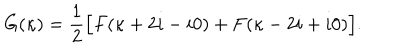
LaTeX: G ( \kappa ) = \frac { 1 } { 2 } \Bigl [ F ( \kappa + 2 i - i 0 ) + F ( \kappa - 2 i + i 0 ) \Bigr ] .